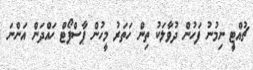
ޗުއްޓީ ނިމުނު ފަހުން ދުވާލަކު ތިން ހަތަރު މީހުން ޕާސްޕޯޓް ހައްދަން އަންނަ